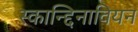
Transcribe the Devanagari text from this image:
स्कान्द्दिनावियन